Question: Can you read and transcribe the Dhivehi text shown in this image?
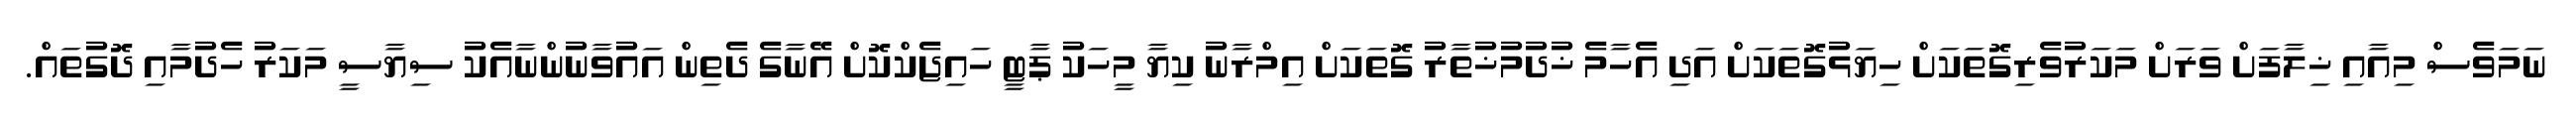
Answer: ނަމަވެސް މިއާއި ޚިލާފަށް ވަރަށް މަކަރުވެރިގޮތަކަށް ހިޔަޅުގޮތަކަށް އަދި އެހާމެ ޚުދުމުޚުތާރު ގޮތަކަށް އިމްރާނު ކިޔާ މީހަކު ޕާޓީ ހައިޖެކްކޮށް އޭނާގެ ދެތިން އައުވާނުންނާއެކު ސިޔާސީ މަކަރު ހެދުމާއި ދޮގުތައް.